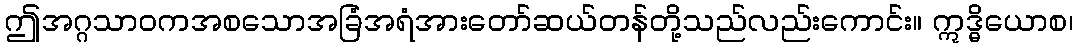
ဤအဂ္ဂသာဝကအစသောအခြံအရံအားတော်ဆယ်တန်တို့သည်လည်းကောင်း။ ဣဒ္ဓိယောစ၊